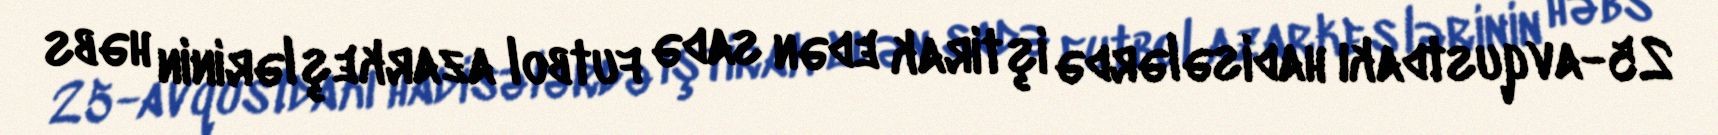
25-avqustdakı hadisələrdə iştirak edən sadə futbol azarkeşlərinin həbs